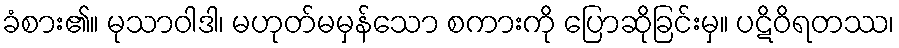
ခံစား၏။ မုသာဝါဒါ၊ မဟုတ်မမှန်သော စကားကို ပြောဆိုခြင်းမှ။ ပဋိဝိရတဿ၊